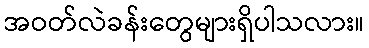
အဝတ်လဲခန်းတွေများရှိပါသလား။